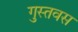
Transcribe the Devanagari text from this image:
गुस्तवस